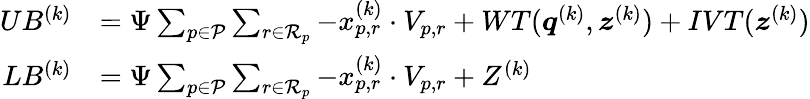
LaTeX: \begin{array}{rl}{UB^{(k)}}&{=\Psi\sum_{p\in\mathcal{P}}\sum_{r\in\mathcal{R}_{p}}-x_{p,r}^{(k)}\cdot V_{p,r}+WT(\boldsymbol{q}^{(k)},\boldsymbol{z}^{(k)})+IVT(\boldsymbol{z}^{(k)})}\\ {LB^{(k)}}&{=\Psi\sum_{p\in\mathcal{P}}\sum_{r\in\mathcal{R}_{p}}-x_{p,r}^{(k)}\cdot V_{p,r}+Z^{(k)}}\end{array}